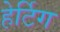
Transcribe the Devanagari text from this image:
हेर्टिग